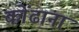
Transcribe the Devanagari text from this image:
कोंढाना